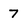
Character: 7